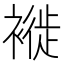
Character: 褷